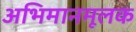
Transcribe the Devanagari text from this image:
अभिमानमूलक